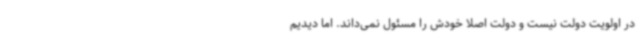
در اولویت دولت نیست و دولت اصلاً خودش را مسئول نمی‌داند. اما دیدیم